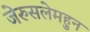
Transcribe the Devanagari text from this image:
जेरुसलेमहुन